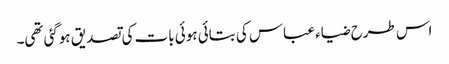
اس طرح ضیاء عباس کی بتائی ہوئی بات کی تصدیق ہوگئی تھی۔